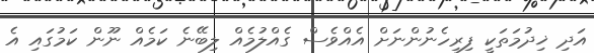
އަދި ޚިދުމަތަކީ ފިރިހެނުންނަށް އެއްވެސް ގެއްލުމެއް ލިބޭނެ ކަމެއް ނޫން ކަމުގައި އެ